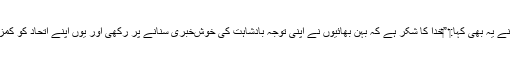
‏ حلقے کے نگہبان نے یہ بھی کہا:‏ ”‏خدا کا شکر ہے کہ بہن بھائیوں نے اپنی توجہ بادشاہت کی خوش‌خبری سنانے پر رکھی اور یوں اپنے اِتحاد کو کمزور نہیں پڑنے دیا۔